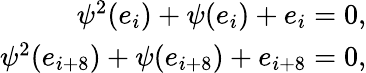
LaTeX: \begin{array}{r}{\psi^{2}(e_{i})+\psi(e_{i})+e_{i}=0,}\\ {\psi^{2}(e_{i+8})+\psi(e_{i+8})+e_{i+8}=0,}\end{array}